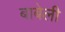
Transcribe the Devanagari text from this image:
बाबेली